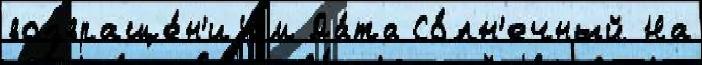
возвраще́н'иjем Да́та Со́лн'ечный На